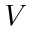
V